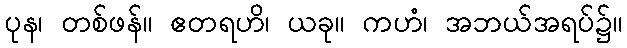
ပုန၊ တစ်ဖန်။ ဧတရဟိ၊ ယခု။ ကဟံ၊ အဘယ်အရပ်၌။